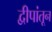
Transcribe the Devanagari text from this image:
द्वीपांतून